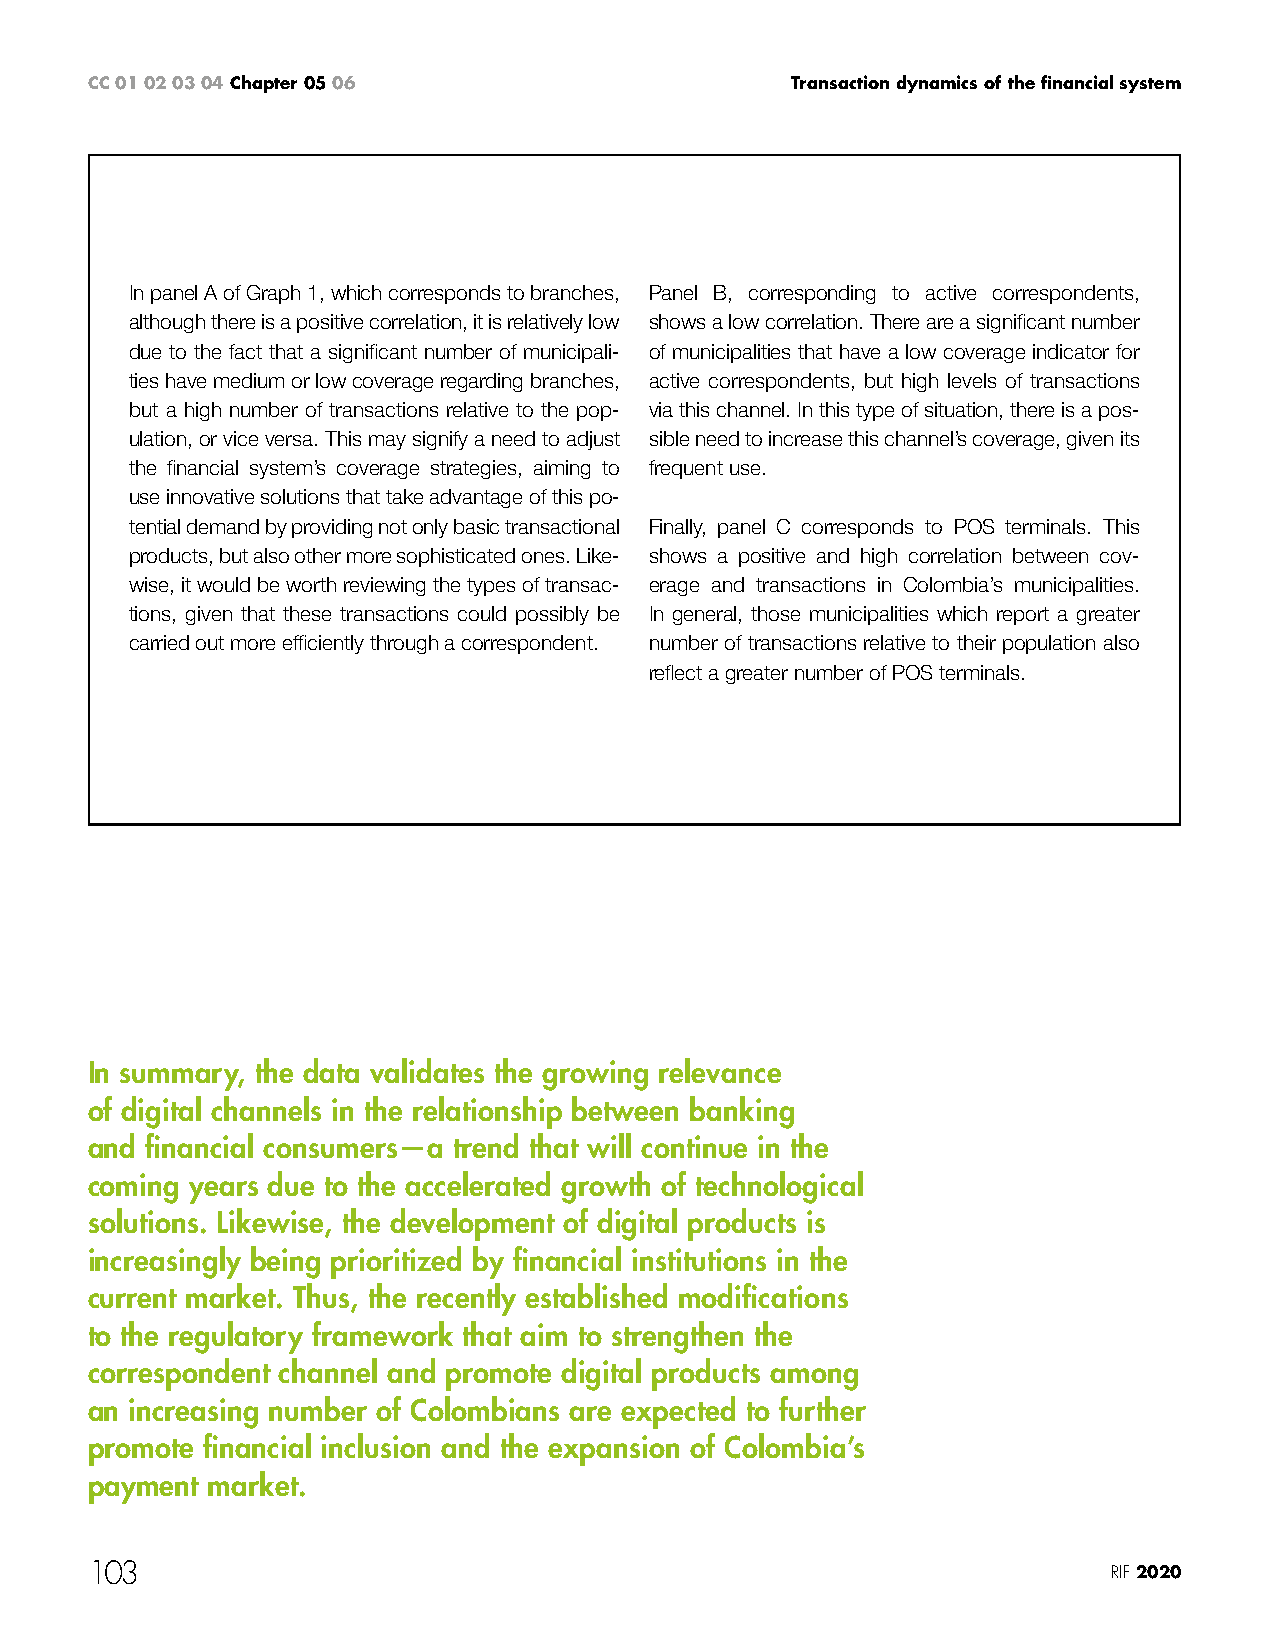
CC 01 02 03 04 Chapter 05 06                  Transaction dynamics of the financial system
 In panel A of Graph 1, which corresponds to branches, Panel B, corresponding to active correspondents,
 although there is a positive correlation, it is relatively low shows a low correlation. There are a significant number
 due to the fact that a significant number of municipali- of municipalities that have a low coverage indicator for
 ties have medium or low coverage regarding branches, active correspondents, but high levels of transactions
 but a high number of transactions relative to the pop- via this channel. In this type of situation, there is a pos-
 ulation, or vice versa. This may signify a need to adjust sible need to increase this channel’s coverage, given its
 the financial system’s coverage strategies, aiming to frequent use.
 use innovative solutions that take advantage of this po-
 tential demand by providing not only basic transactional Finally, panel C corresponds to POS terminals. This
 products, but also other more sophisticated ones. Like- shows a positive and high correlation between cov-
 wise, it would be worth reviewing the types of transac- erage and transactions in Colombia’s municipalities.
 tions, given that these transactions could possibly be In general, those municipalities which report a greater
 carried out more efficiently through a correspondent. number of transactions relative to their population also
 reflect a greater number of POS terminals.
 In summary, the data validates the growing relevance
 of digital channels in the relationship between banking
 and financial consumers—a trend that will continue in the
 coming years due to the accelerated growth of technological
 solutions. Likewise, the development of digital products is
 increasingly being prioritized by financial institutions in the
 current market. Thus, the recently established modifications
 to the regulatory framework that aim to strengthen the
 correspondent channel and promote digital products among
 an increasing number of Colombians are expected to further
 promote financial inclusion and the expansion of Colombia’s
 payment market.
 103                                                                 RIF 2020